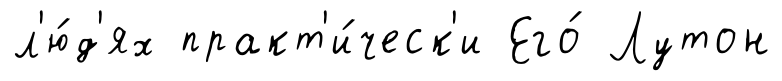
л'ю́д'ях практ'и́ческ'и Его́ Лутон